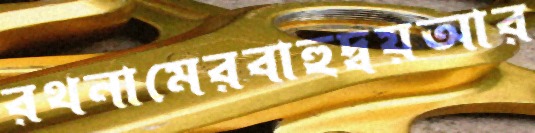
রথনামেরবাহুদ্বয়আর